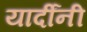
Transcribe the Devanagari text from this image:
यार्दींनी